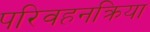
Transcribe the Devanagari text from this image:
परिवहनक्रिया